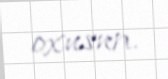
oxusun.